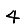
Digit: 4